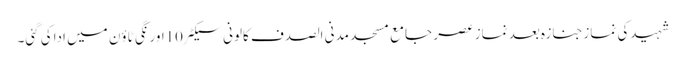
شہیدکی نمازجنازہ بعد نماز عصر جامع مسجد مدنی الصدف کالونی سیکٹر10اورنگی ٹاؤن میں اداکی گئی۔